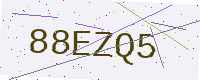
Text: 88EZQ5